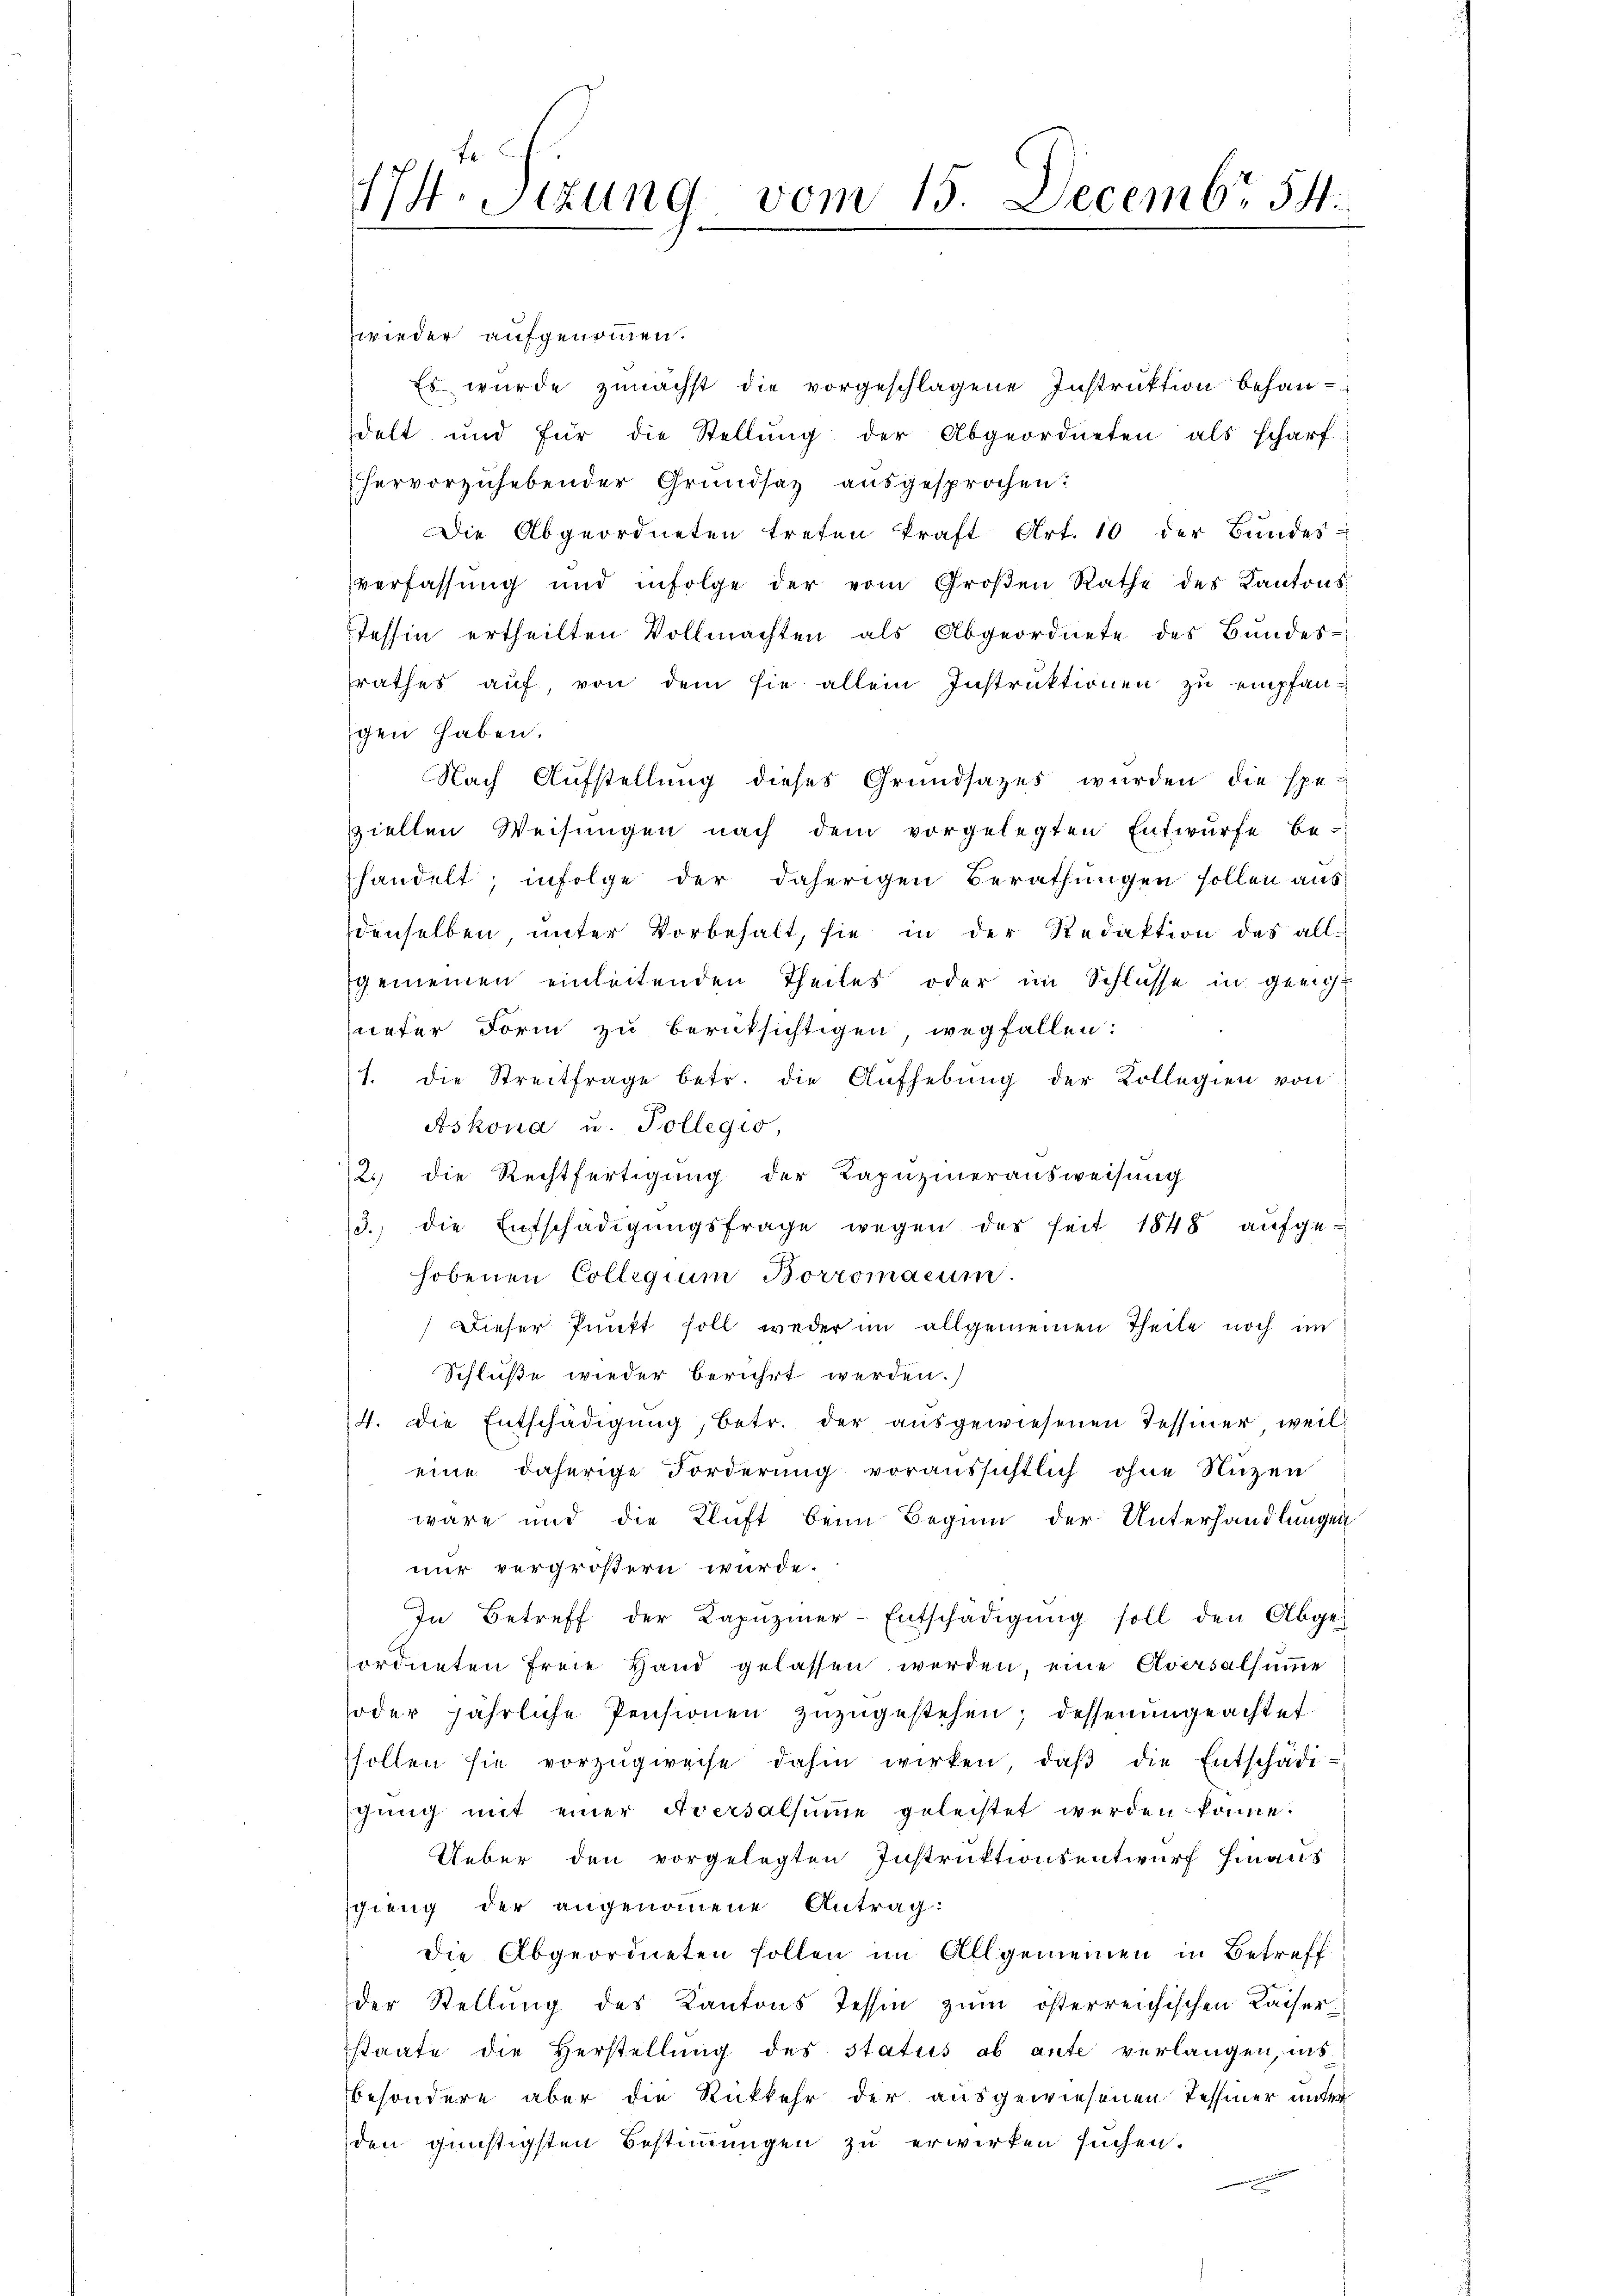
wieder aufgenommen.
Es wurde zunächst die vorgeschlagene Instruktion behandelt und für die Stellŭng der Abgeordneten als scharf
hervorzuhebender Grundsaz ausgesprochen:
Die Abgeordneten treten kraft Art. 10 der Bundes-
verfassung und infolge der vom Großen Rathe des Kantons
Tessin ertheilten Vollmachten als Abgeordnete des Bundes-
srathes auf, von dem sie allein Instruktionen zu empfangen haben.
Nach Aufstellung dieses Grundsazes wurden die spe-
ziellen Weisŭngen nach dem vorgelegten Entwurfe be-
handelt; infolge der daherigen Berathungen sollen aus
denselben unter Vorbehalt, sie in der Redaktion des allgemeinen einleitenden Theiles oder im Schlusse in gleichueter Form zu berüksichtigen, wegfallen:
1. die Streitfrage betr. die Aŭfhebŭng der Kollegien von
Askona u. Pollegio,
2.) die Rechtfertigung der Kapuzinerausweisung
3. die Entschädigŭngsfrage wegen des seit 1848 aŭfge
hobenen Collegium Borromacum.
Dieser Punkt soll weder im allgemeinen Theile noch im
Schluße wieder berührt werden.)
4. Die Entschädigŭng, betr. der aŭsgewiesenen Tessiner weil
eine daherige Forderung voraussichtlich ohne Nuzen
wäre und die Kluft beim Beginn der Unterhandlungen
nur vergrößern wurde.
In Betreff der Kapuziner-Entschädigŭng soll den Abges
ordneten freie Hand gelassen werden, eine Aversalsumme
oder jährliche Pensionen zŭzŭgestehen; dessenungeachtet
sollen sie vorzŭgweise dahin wirken, daβ die Entschädischung mit einer Aversalsumme geleistet werden könne.
Ueber den vorgelegten Instruktionsentwurf hinaus
sgieng der angenommene Antrag:
die Abgeordneten sollen im Allgemeinen in Betreff
der Stellung des Kantons Tessin zum österreichischen Kaiserstaate die Herstellung des status ab ante verlangen, ins
besondere aber die Rückkehr der ausgewiesenen Tessiner unter
den günstigsten Bestimmungen zu erwirken suchen.
.

17. Sizung vom 15. Decembr 54.